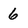
Character: 6